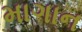
માગાન